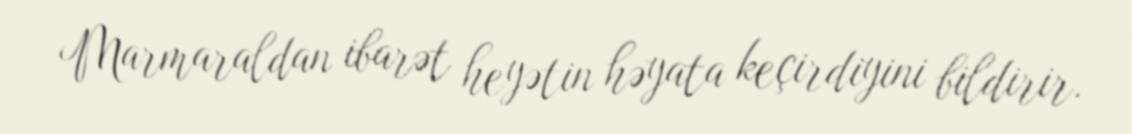
Marmaraldan ibarət heyətin həyata keçirdiyini bildirir.